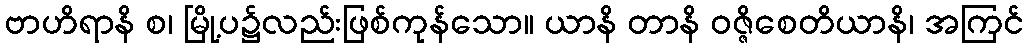
ဗာဟိရာနိ စ၊ မြို့ပ၌လည်းဖြစ်ကုန်သော။ ယာနိ တာနိ ဝဇ္ဇိစေတိယာနိ၊ အကြင်